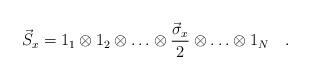
LaTeX: \begin{align*}\vec{S}_{x}=1_{1}\otimes 1_{2}\otimes \ldots \otimes \frac{\vec{\sigma}_{x}}{2} \otimes \ldots \otimes 1_{N}\quad .\end{align*}